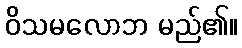
ဝိသမလောဘ မည်၏။